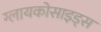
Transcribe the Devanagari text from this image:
ग्लायकोसाइड्‌स